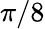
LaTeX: \pi/8